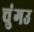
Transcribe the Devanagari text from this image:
चुंगउ